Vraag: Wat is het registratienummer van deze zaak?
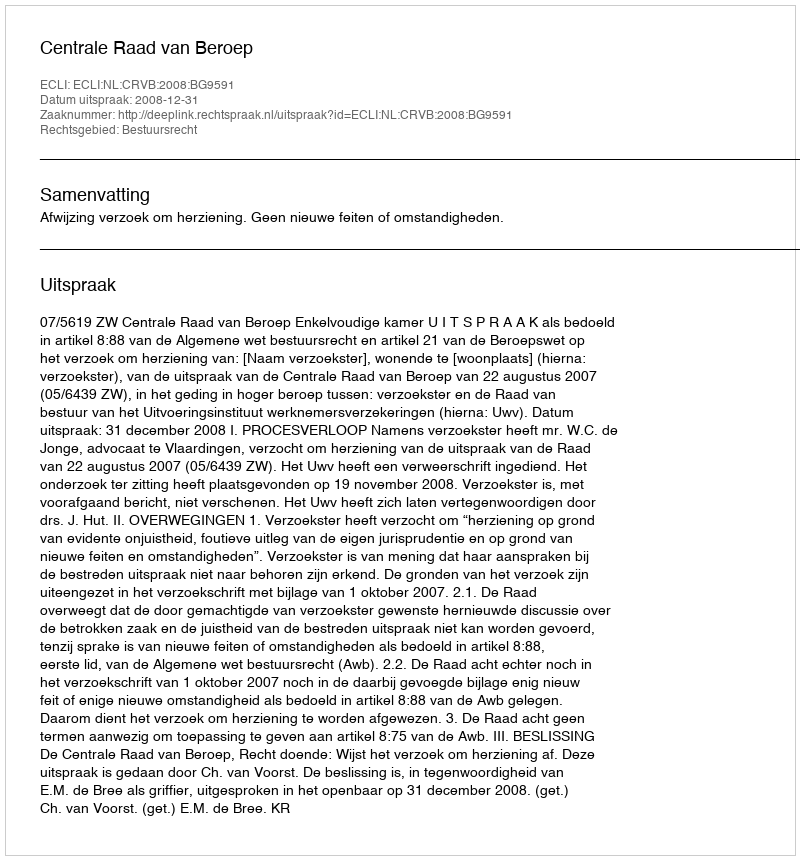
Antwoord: http://deeplink.rechtspraak.nl/uitspraak?id=ECLI:NL:CRVB:2008:BG9591